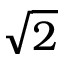
\sqrt { 2 }